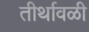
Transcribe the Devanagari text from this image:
तीर्थावळी